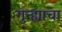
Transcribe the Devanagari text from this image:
गुन्ह्याचा